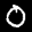
Label: 0